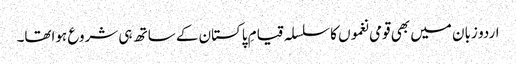
اردو زبان میں بھی قومی نغموں کا سلسلہ قیامِ پاکستان کے ساتھ ہی شروع ہواتھا۔